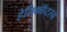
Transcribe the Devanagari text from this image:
हेलिकॉप्टरने